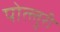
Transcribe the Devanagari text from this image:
पोत्लुरी